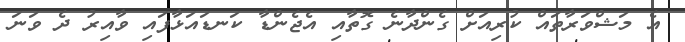
އެ މަޝްވަރާތައް ކުރިއަށް ގެންދާނެ ގޮތާއި އެޖެންޑާ ކަނޑައަޅާފައި ވާއިރު ދެ ވަނަ